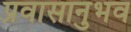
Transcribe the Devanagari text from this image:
प्रवासानुभव